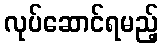
လုပ်ဆောင်ရမည့်